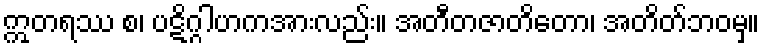
ဣတရဿ စ၊ ပဋိဂ္ဂါဟကအားလည်း။ အတီတဇာတိတော၊ အတိတ်ဘဝမှ။